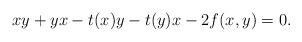
LaTeX: \begin{align*}xy +yx - t(x)y - t(y)x - 2f(x,y) = 0.\end{align*}